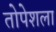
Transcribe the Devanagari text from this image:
तोपेशला